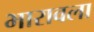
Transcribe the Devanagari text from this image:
भारावला